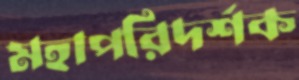
মহাপরিদর্শক